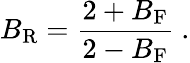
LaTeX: B_{\mathrm{R}}={\frac{2+B_{\mathrm{F}}}{2-B_{\mathrm{F}}}}\ .